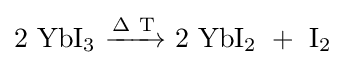
\mathrm {2\ YbI_{3}\ {\xrightarrow[{}]{\Delta \ T}}\ 2\ YbI_{2}\ +\ I_{2}}